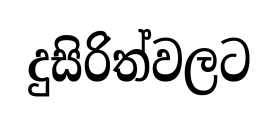
දුසිරිත්වලට